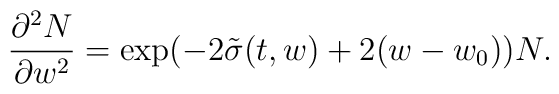
\frac{\partial^2 N}{\partial w^2}= \exp(-2\tilde\sigma(t,w)+2(w-w_0)) N.